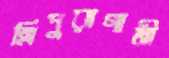
ত্রিপুরাগামী